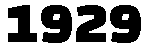
1929